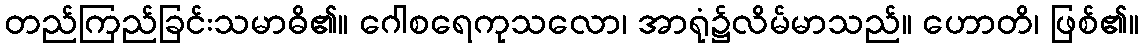
တည်ကြည်ခြင်းသမာဓိ၏။ ဂေါစရေကုသလော၊ အာရုံ၌လိမ်မာသည်။ ဟောတိ၊ ဖြစ်၏။